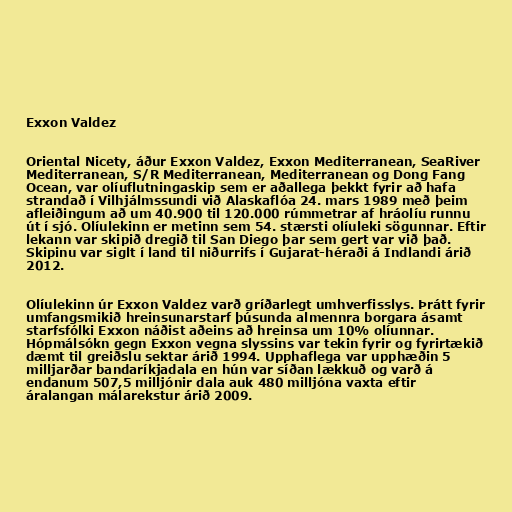
Exxon Valdez

Oriental Nicety, áður Exxon Valdez, Exxon Mediterranean, SeaRiver
Mediterranean, S/R Mediterranean, Mediterranean og Dong Fang
Ocean, var olíuflutningaskip sem er aðallega þekkt fyrir að hafa
strandað í Vilhjálmssundi við Alaskaflóa 24. mars 1989 með þeim
afleiðingum að um 40.900 til 120.000 rúmmetrar af hráolíu runnu
út í sjó. Olíulekinn er metinn sem 54. stærsti olíuleki sögunnar. Eftir
lekann var skipið dregið til San Diego þar sem gert var við það.
Skipinu var siglt í land til niðurrifs í Gujarat-héraði á Indlandi árið
2012.

Olíulekinn úr Exxon Valdez varð gríðarlegt umhverfisslys. Þrátt fyrir
umfangsmikið hreinsunarstarf þúsunda almennra borgara ásamt
starfsfólki Exxon náðist aðeins að hreinsa um 10% olíunnar.
Hópmálsókn gegn Exxon vegna slyssins var tekin fyrir og fyrirtækið
dæmt til greiðslu sektar árið 1994. Upphaflega var upphæðin 5
milljarðar bandaríkjadala en hún var síðan lækkuð og varð á
endanum 507,5 milljónir dala auk 480 milljóna vaxta eftir
áralangan málarekstur árið 2009.